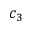
c _ { 3 }